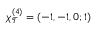
\chi _ { \mathcal { T } } ^ { ( 4 ) } = ( - 1 , - 1 , 0 ; 1 )